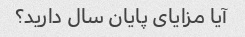
آیا مزایای پایان سال دارید؟